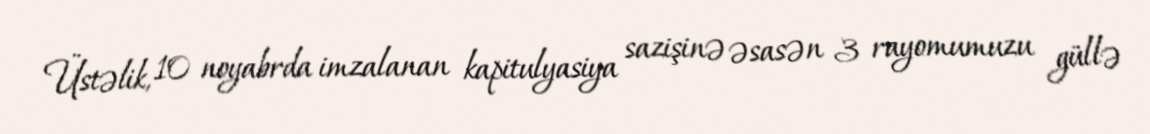
Üstəlik, 10 noyabrda imzalanan kapitulyasiya sazişinə əsasən 3 rayomumuzu güllə